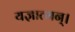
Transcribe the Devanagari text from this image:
यज्ञात्मन्‌।